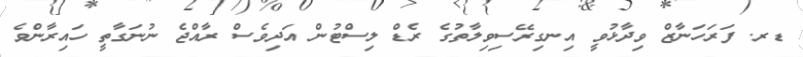
ޑރ. ފަރަހަނާޒް ވިދާޅުވީ އިނގިރޭސިވިލާތުގެ ރެޑް ލިސްޓުން އަދިވެސް ރާއްޖެ ނުނަގާތީ ހައިރާންވެ